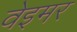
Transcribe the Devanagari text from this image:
वेइमर